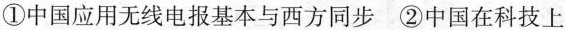
①中国应用无线电报基本与西方同步 ②中国在科技上